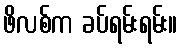
ဖိလစ်က ခပ်ရမ်းရမ်း။